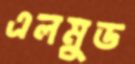
এলমুড